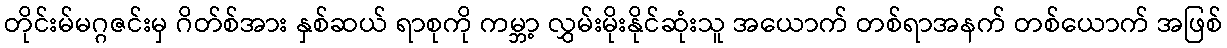
တိုင်းမ်မဂ္ဂဇင်းမှ ဂိတ်စ်အား နှစ်ဆယ် ရာစုကို ကမ္ဘာ့ လွှမ်းမိုးနိုင်ဆုံးသူ အယောက် တစ်ရာအနက် တစ်ယောက် အဖြစ်